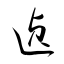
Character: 遉